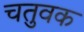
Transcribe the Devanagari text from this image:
चतुवक